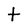
Character: t